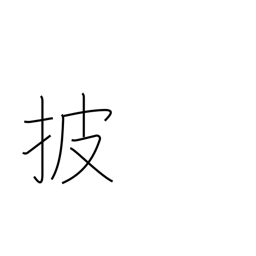
Meaning: expose